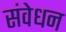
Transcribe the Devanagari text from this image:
संवेधन